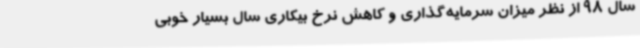
سال 98 از نظر میزان سرمایه‌گذاری و کاهش نرخ بیکاری سال بسیار خوبی